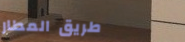
طريق المطار